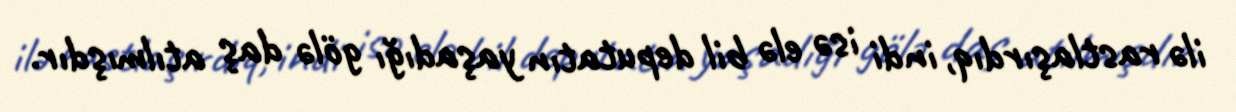
ilə rastlaşırdıq, indi isə elə bil deputatın yaşadığı gölə daş atılmışdır.